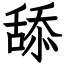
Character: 舔